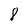
Character: 8